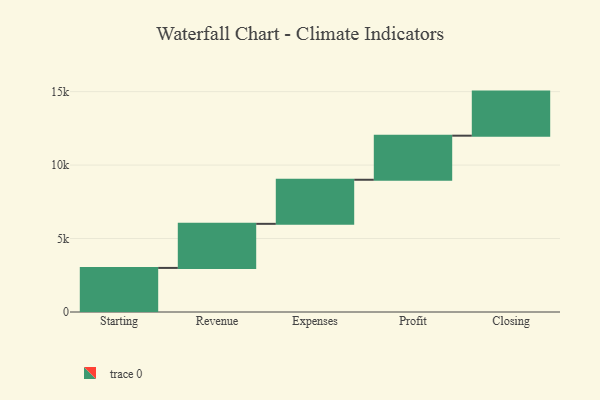
{"axis": {"x": "Step", "y": "Value"}, "legend": [""], "data": [{"x": "Starting", "y": 3000, "type": ""}, {"x": "Revenue", "y": 3000, "type": ""}, {"x": "Expenses", "y": 3000, "type": ""}, {"x": "Profit", "y": 3000, "type": ""}, {"x": "Closing", "y": 3000, "type": ""}]}